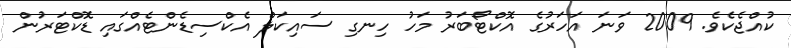
ކުއްޖެކެވެ. 2009 ވަނަ އަހަރުގެ އޮކްޓޯބަރު މަހު ހިނގި ސައިކަލް އެކްސިޑެންޓެއްގައި ޑޮކްޓަރުން